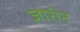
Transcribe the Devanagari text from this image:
ज़ोरीन